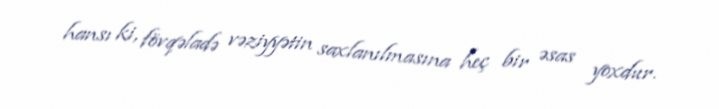
hansı ki, fövqəladə vəziyyətin saxlanılmasına heç bir əsas yoxdur.